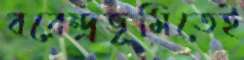
বরেন্দ্রভূমিতেই